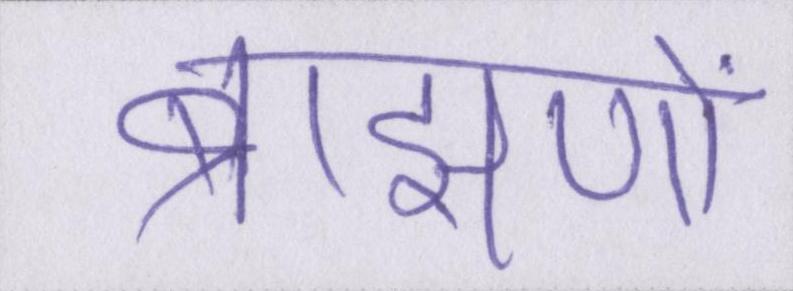
ब्राह्मणों